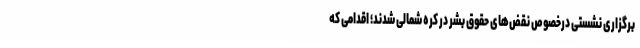
برگزاری نشستی درخصوص نقض‌های حقوق بشر در کره شمالی شدند؛ اقدامی که